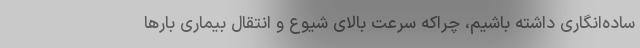
ساده‌انگاری داشته باشیم، چراکه سرعت بالای شیوع و انتقال بیماری بارها